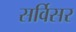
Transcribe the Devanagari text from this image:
सर्विसर